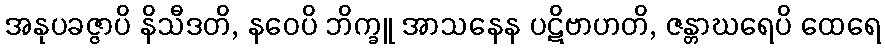
အနုပခဇ္ဇာပိ နိသီဒတိ, နဝေပိ ဘိက္ခူ အာသနေန ပဋိဗာဟတိ, ဇန္တာဃရေပိ ထေရေ